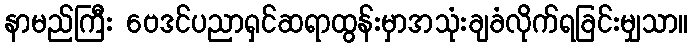
နာမည်ကြီး ဗေဒင်ပညာရှင်ဆရာထွန်းမှာအသုံးချခံလိုက်ရခြင်းမျှသာ။